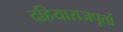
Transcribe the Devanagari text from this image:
दहियाराजपूतों